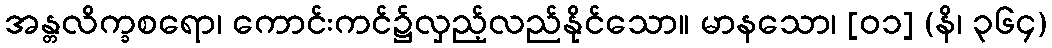
အန္တလိက္ခစရော၊ ကောင်းကင်၌လှည့်လည်နိုင်သော။ မာနသော၊ [၀၁] (နိ၊ ၃၆၄)